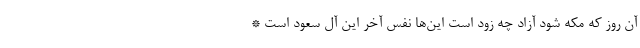
آن روز که مکه شود آزاد چه زود است این‌ها نفس آخر این آل سعود است *